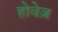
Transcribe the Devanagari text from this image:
होवेज़